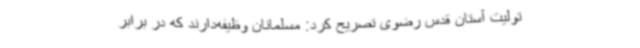
تولیت آستان قدس رضوی تصریح کرد: مسلمانان وظیفه‌دارند که در برابر